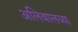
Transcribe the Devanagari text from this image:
अलिवालच्या